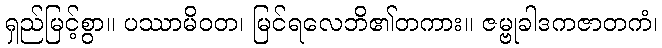
ရှည်မြင့်စွာ။ ပဿာမိဝတ၊ မြင်ရလေဘိ၏တကား။ ဇမ္ဗုခါဒကဇာတကံ၊